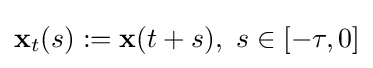
\mathbf {x} _{t}(s):=\mathbf {x} (t+s),{\text{ }}s\in [-\tau ,0]